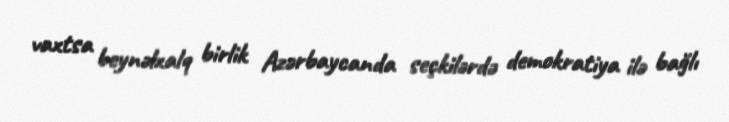
vaxtsa beynəlxalq birlik Azərbaycanda seçkilərdə demokratiya ilə bağlı